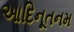
આદિનૂતનમ